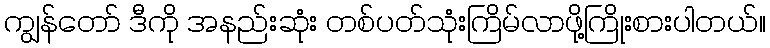
ကျွန်တော် ဒီကို အနည်းဆုံး တစ်ပတ်သုံးကြိမ်လာဖို့ကြိုးစားပါတယ်။